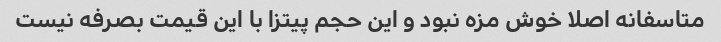
متاسفانه اصلا خوش مزه نبود و این حجم پیتزا با این قیمت بصرفه نیست